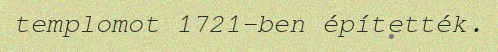
templomot 1721-ben építették.